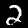
Label: 2